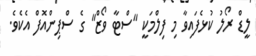
ލީޑް ރޯލު ކުޅެފައިވާ މި ފިލްމަކީ "ސްޓާ ވޯޒް" ގެ ސްޕިންއޮފް އެކެވެ.